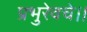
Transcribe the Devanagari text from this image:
प्रभुरेवचे।।